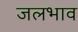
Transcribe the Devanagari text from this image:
जलभाव